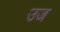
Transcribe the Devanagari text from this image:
उज